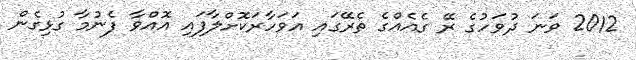
2012 ވަނަ ދުވަހުގެ ރޭ ގެއެއްގެ ތެރޭގައި އަވަހާރަކޮށްލާފައި އޮއްވާ ފެނުމާ ގުޅިގެން